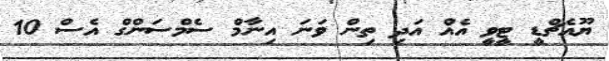
ޔޫއެޗްޑީ ޓީވީ އެއް އަދި ތިން ވަނަ އިނާމް ސެމްސަންގް އެސް 10